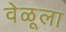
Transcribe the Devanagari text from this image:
वेळूला